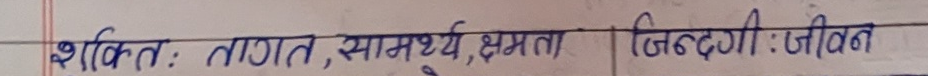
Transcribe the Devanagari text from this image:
शक्ति : ताकत, सामर्थ्य, क्षमता । जिंदगी : जीवन